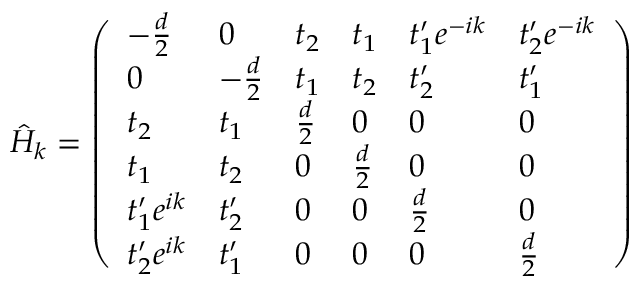
\hat { H } _ { k } = \left( \begin{array} { l l l l l l } { - \frac { d } { 2 } } & { 0 } & { t _ { 2 } } & { t _ { 1 } } & { t _ { 1 } ^ { \prime } e ^ { - i k } } & { t _ { 2 } ^ { \prime } e ^ { - i k } } \\ { 0 } & { - \frac { d } { 2 } } & { t _ { 1 } } & { t _ { 2 } } & { t _ { 2 } ^ { \prime } } & { t _ { 1 } ^ { \prime } } \\ { t _ { 2 } } & { t _ { 1 } } & { \frac { d } { 2 } } & { 0 } & { 0 } & { 0 } \\ { t _ { 1 } } & { t _ { 2 } } & { 0 } & { \frac { d } { 2 } } & { 0 } & { 0 } \\ { t _ { 1 } ^ { \prime } e ^ { i k } } & { t _ { 2 } ^ { \prime } } & { 0 } & { 0 } & { \frac { d } { 2 } } & { 0 } \\ { t _ { 2 } ^ { \prime } e ^ { i k } } & { t _ { 1 } ^ { \prime } } & { 0 } & { 0 } & { 0 } & { \frac { d } { 2 } } \end{array} \right)